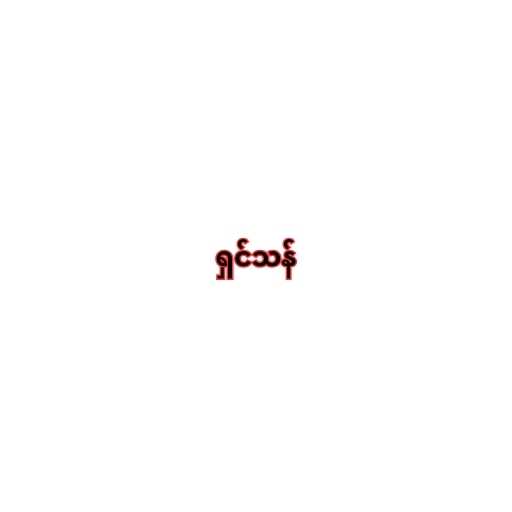
ရှင်သန်